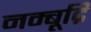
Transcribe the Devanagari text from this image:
नम्बूद्रि